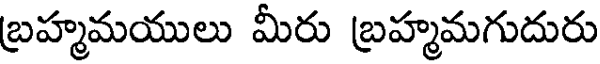
బ్రహ్మమయులు మీరు బ్రహ్మమగుదురు